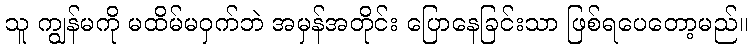
သူ ကျွန်မကို မထိမ်မဝှက်ဘဲ အမှန်အတိုင်း ပြောနေခြင်းသာ ဖြစ်ရပေတော့မည်။